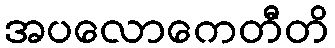
အပလောကေတီတိ